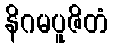
နိဂမပူဇိတံ